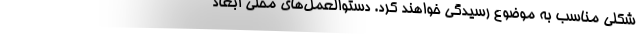
شکلی مناسب به موضوع رسیدگی خواهند کرد. دستوالعمل‌‌های محلی ابعاد